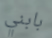
بابني